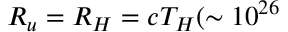
R _ { u } = R _ { H } = c T _ { H } ( \sim 1 0 ^ { 2 6 }